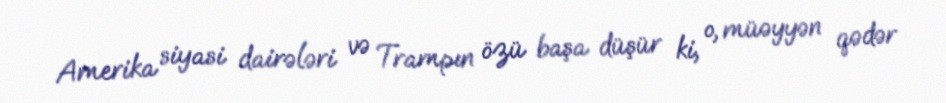
Amerika siyasi dairələri və Trampın özü başa düşür ki, o, müəyyən qədər